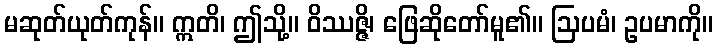
မဆုတ်ယုတ်ကုန်။ ဣတိ၊ ဤသို့။ ဝိဿဇ္ဇိ၊ ဖြေဆိုတော်မူ၏။ ဩပမံ၊ ဥပမာကို။